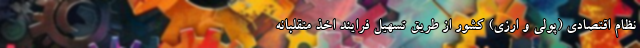
نظام اقتصادی (پولی و ارزی) کشور از طریق تسهیل فرایند اخذ متقلبانه